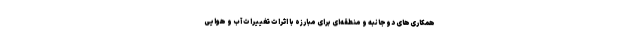
همکاری‌های دوجانبه و منطقه‌ای برای مبارزه با اثرات تغییرات آب و هوایی